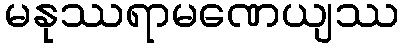
မနုဿရာမဏေယျဿ